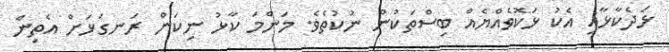
ޅަދެކާޅާއި އެކު ޅަކޮވެއްޔެއް ބިސްތަކުން ނުކުތެވެ. މަންމަ ކާޅު ނިކަން ރަނގަޅަށް އެތިން